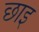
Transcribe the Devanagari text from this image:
छाइ